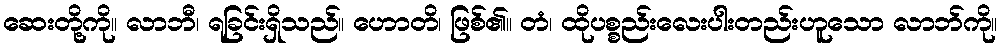
ဆေးတို့ကို။ လာဘီ၊ ရခြင်းရှိသည်။ ဟောတိ၊ ဖြစ်၏။ တံ၊ ထိုပစ္စည်းလေးပါးတည်းဟူသော လာဘ်ကို။